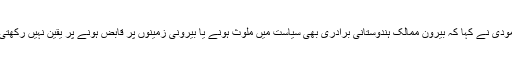
مودی نے کہا کہ بیرون ممالک ہندوستانی برادری بھی سیاست میں ملوث ہونے یا بیرونی زمینوں پر قابض ہونے پر یقین نہیں رکھتی۔